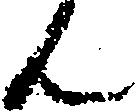
ん